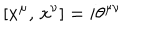
\left[ x ^ { \mu } , \, x ^ { \nu } \right] = i \theta ^ { \mu \nu }